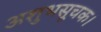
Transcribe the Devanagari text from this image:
अशुभसूचक।